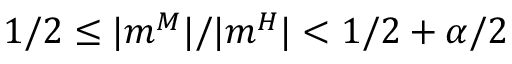
1 / 2 \le | m ^ { M } | / | m ^ { H } | < 1 / 2 + \alpha / 2